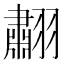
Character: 䎘